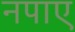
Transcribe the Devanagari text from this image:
नपाए